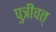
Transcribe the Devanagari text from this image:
पुत्रीवत्